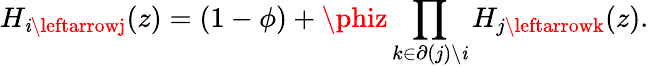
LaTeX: H_{\mathit{i}\leftarrowj}(z)=(1-\phi)+\phiz\prod_{k\in\partial(j)\backslash\mathit{i}}H_{j\leftarrowk}(z).